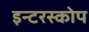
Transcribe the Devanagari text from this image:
इन्टरस्कोप